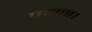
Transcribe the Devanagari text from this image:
पावन।